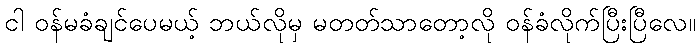
ငါ ဝန်မခံချင်ပေမယ့် ဘယ်လိုမှ မတတ်သာတော့လို ဝန်ခံလိုက်ပြီးပြီလေ။